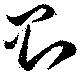
則